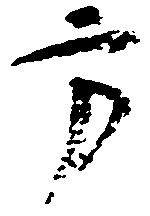
方